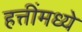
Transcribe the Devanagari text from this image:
हत्तींमध्ये